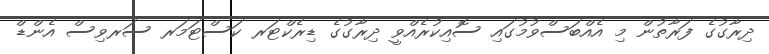
ދިރާގުގެ ފަރާތުން މި އެއްބަސްވުމުގައި ސޮއިކުރެއްވީ ދިރާގުގެ ޑިރެކްޓަރ ކަސްޓަމަރ ސަރވިސް އެންޑް